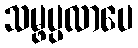
သမ္ဖပ္ပလာပေ